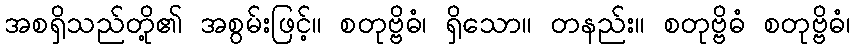
အစရှိသည်တို့၏ အစွမ်းဖြင့်။ စတုဗ္ဗိဓံ၊ ရှိသော။ တနည်း။ စတုဗ္ဗိဓံ စတုဗ္ဗိဓံ၊